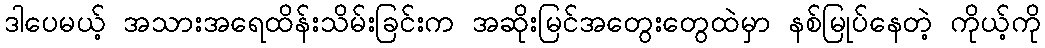
ဒါပေမယ့် အသားအရေထိန်းသိမ်းခြင်းက အဆိုးမြင်အတွေးတွေထဲမှာ နစ်မြုပ်နေတဲ့ ကိုယ့်ကို